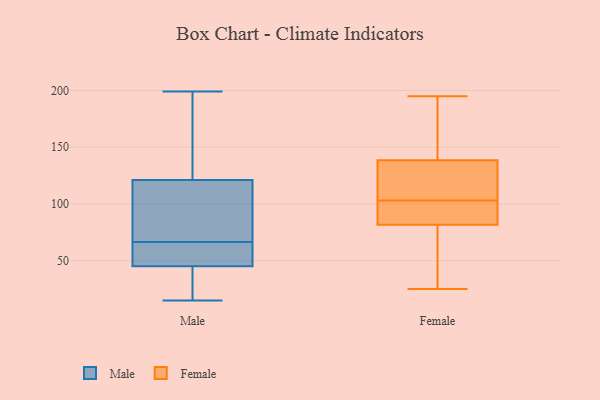
{"axis": {"x": "LTV (USD)", "y": "Value"}, "legend": ["Female", "Male"], "data": [{"x": "", "y": 154, "type": "Male"}, {"x": "", "y": 50, "type": "Male"}, {"x": "", "y": 52, "type": "Male"}, {"x": "", "y": 30, "type": "Male"}, {"x": "", "y": 131, "type": "Male"}, {"x": "", "y": 15, "type": "Male"}, {"x": "", "y": 33, "type": "Male"}, {"x": "", "y": 81, "type": "Male"}, {"x": "", "y": 121, "type": "Male"}, {"x": "", "y": 47, "type": "Male"}, {"x": "", "y": 45, "type": "Male"}, {"x": "", "y": 199, "type": "Male"}, {"x": "", "y": 96, "type": "Male"}, {"x": "", "y": 103, "type": "Male"}, {"x": "", "y": 79, "type": "Female"}, {"x": "", "y": 125, "type": "Female"}, {"x": "", "y": 99, "type": "Female"}, {"x": "", "y": 103, "type": "Female"}, {"x": "", "y": 25, "type": "Female"}, {"x": "", "y": 90, "type": "Female"}, {"x": "", "y": 79, "type": "Female"}, {"x": "", "y": 90, "type": "Female"}, {"x": "", "y": 142, "type": "Female"}, {"x": "", "y": 120, "type": "Female"}, {"x": "", "y": 52, "type": "Female"}, {"x": "", "y": 195, "type": "Female"}, {"x": "", "y": 128, "type": "Female"}, {"x": "", "y": 150, "type": "Female"}, {"x": "", "y": 169, "type": "Female"}]}